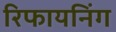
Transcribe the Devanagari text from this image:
रिफायनिंग